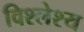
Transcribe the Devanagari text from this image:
विश्लेश्य